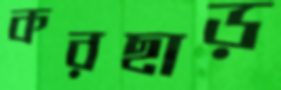
করছাড়